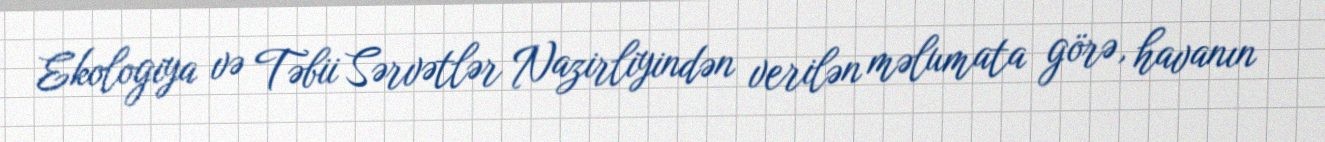
Ekologiya və Təbii Sərvətlər Nazirliyindən verilən məlumata görə, havanın